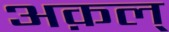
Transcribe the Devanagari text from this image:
अक़ल्‌